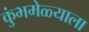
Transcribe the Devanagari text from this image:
कुंभमेळ्याला